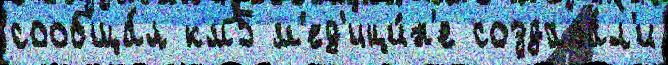
сообща́л км5 м'ед'ици́н'е создава́л'и